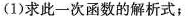
(1)求此一次函数的解析式；